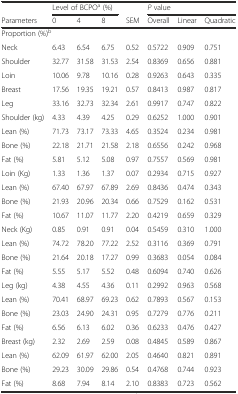
<table><thead><tr><td></td><td colspan="3"><b>Level of BCPO<sup>a</sup> (%)</b></td><td></td><td colspan="3"><b><i>P</i> value</b></td></tr><tr><td><b>Parameters</b></td><td><b>0</b></td><td><b>4</b></td><td><b>8</b></td><td><b>SEM</b></td><td><b>Overall</b></td><td><b>Linear</b></td><td><b>Quadratic</b></td></tr></thead><tbody><tr><td colspan="8">Proportion (%)<sup>b</sup></td></tr><tr><td>Neck</td><td>6.43</td><td>6.54</td><td>6.75</td><td>0.52</td><td>0.5722</td><td>0.909</td><td>0.751</td></tr><tr><td>Shoulder</td><td>32.77</td><td>31.58</td><td>31.53</td><td>2.54</td><td>0.8369</td><td>0.656</td><td>0.881</td></tr><tr><td>Loin</td><td>10.06</td><td>9.78</td><td>10.16</td><td>0.28</td><td>0.9263</td><td>0.643</td><td>0.335</td></tr><tr><td>Breast</td><td>17.56</td><td>19.35</td><td>19.21</td><td>0.57</td><td>0.8413</td><td>0.987</td><td>0.817</td></tr><tr><td>Leg</td><td>33.16</td><td>32.73</td><td>32.34</td><td>2.61</td><td>0.9917</td><td>0.747</td><td>0.822</td></tr><tr><td>Shoulder (kg)</td><td>4.33</td><td>4.39</td><td>4.25</td><td>0.29</td><td>0.6252</td><td>1.000</td><td>0.901</td></tr><tr><td>Lean (%)</td><td>71.73</td><td>73.17</td><td>73.33</td><td>4.65</td><td>0.3524</td><td>0.234</td><td>0.981</td></tr><tr><td>Bone (%)</td><td>22.18</td><td>21.71</td><td>21.58</td><td>2.18</td><td>0.6556</td><td>0.242</td><td>0.968</td></tr><tr><td>Fat (%)</td><td>5.81</td><td>5.12</td><td>5.08</td><td>0.97</td><td>0.7557</td><td>0.569</td><td>0.981</td></tr><tr><td>Loin (Kg)</td><td>1.33</td><td>1.36</td><td>1.37</td><td>0.07</td><td>0.2934</td><td>0.715</td><td>0.927</td></tr><tr><td>Lean (%)</td><td>67.40</td><td>67.97</td><td>67.89</td><td>2.69</td><td>0.8436</td><td>0.474</td><td>0.343</td></tr><tr><td>Bone (%)</td><td>21.93</td><td>20.96</td><td>20.34</td><td>0.66</td><td>0.7529</td><td>0.162</td><td>0.531</td></tr><tr><td>Fat (%)</td><td>10.67</td><td>11.07</td><td>11.77</td><td>2.20</td><td>0.4219</td><td>0.659</td><td>0.329</td></tr><tr><td>Neck (Kg)</td><td>0.85</td><td>0.91</td><td>0.91</td><td>0.04</td><td>0.5459</td><td>0.310</td><td>1.000</td></tr><tr><td>Lean (%)</td><td>74.72</td><td>78.20</td><td>77.22</td><td>2.52</td><td>0.3116</td><td>0.369</td><td>0.791</td></tr><tr><td>Bone (%)</td><td>21.64</td><td>20.18</td><td>17.27</td><td>0.99</td><td>0.3683</td><td>0.054</td><td>0.084</td></tr><tr><td>Fat (%)</td><td>5.55</td><td>5.17</td><td>5.52</td><td>0.48</td><td>0.6094</td><td>0.740</td><td>0.626</td></tr><tr><td>Leg (kg)</td><td>4.38</td><td>4.55</td><td>4.36</td><td>0.11</td><td>0.2992</td><td>0.963</td><td>0.568</td></tr><tr><td>Lean (%)</td><td>70.41</td><td>68.97</td><td>69.23</td><td>0.62</td><td>0.7893</td><td>0.567</td><td>0.153</td></tr><tr><td>Bone (%)</td><td>23.03</td><td>24.90</td><td>24.31</td><td>0.95</td><td>0.7279</td><td>0.776</td><td>0.211</td></tr><tr><td>Fat (%)</td><td>6.56</td><td>6.13</td><td>6.02</td><td>0.36</td><td>0.6233</td><td>0.476</td><td>0.427</td></tr><tr><td>Breast (kg)</td><td>2.32</td><td>2.69</td><td>2.59</td><td>0.08</td><td>0.4845</td><td>0.589</td><td>0.867</td></tr><tr><td>Lean (%)</td><td>62.09</td><td>61.97</td><td>62.00</td><td>2.05</td><td>0.4640</td><td>0.821</td><td>0.891</td></tr><tr><td>Bone (%)</td><td>29.23</td><td>30.09</td><td>29.86</td><td>0.54</td><td>0.4768</td><td>0.744</td><td>0.923</td></tr><tr><td>Fat (%)</td><td>8.68</td><td>7.94</td><td>8.14</td><td>2.10</td><td>0.8383</td><td>0.723</td><td>0.562</td></tr></tbody></table>